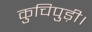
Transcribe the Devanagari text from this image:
कुचिपुड़ी।